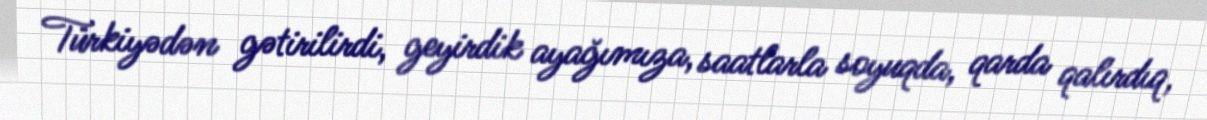
Türkiyədən gətirilirdi, geyirdik ayağımıza, saatlarla soyuqda, qarda qalırdıq,